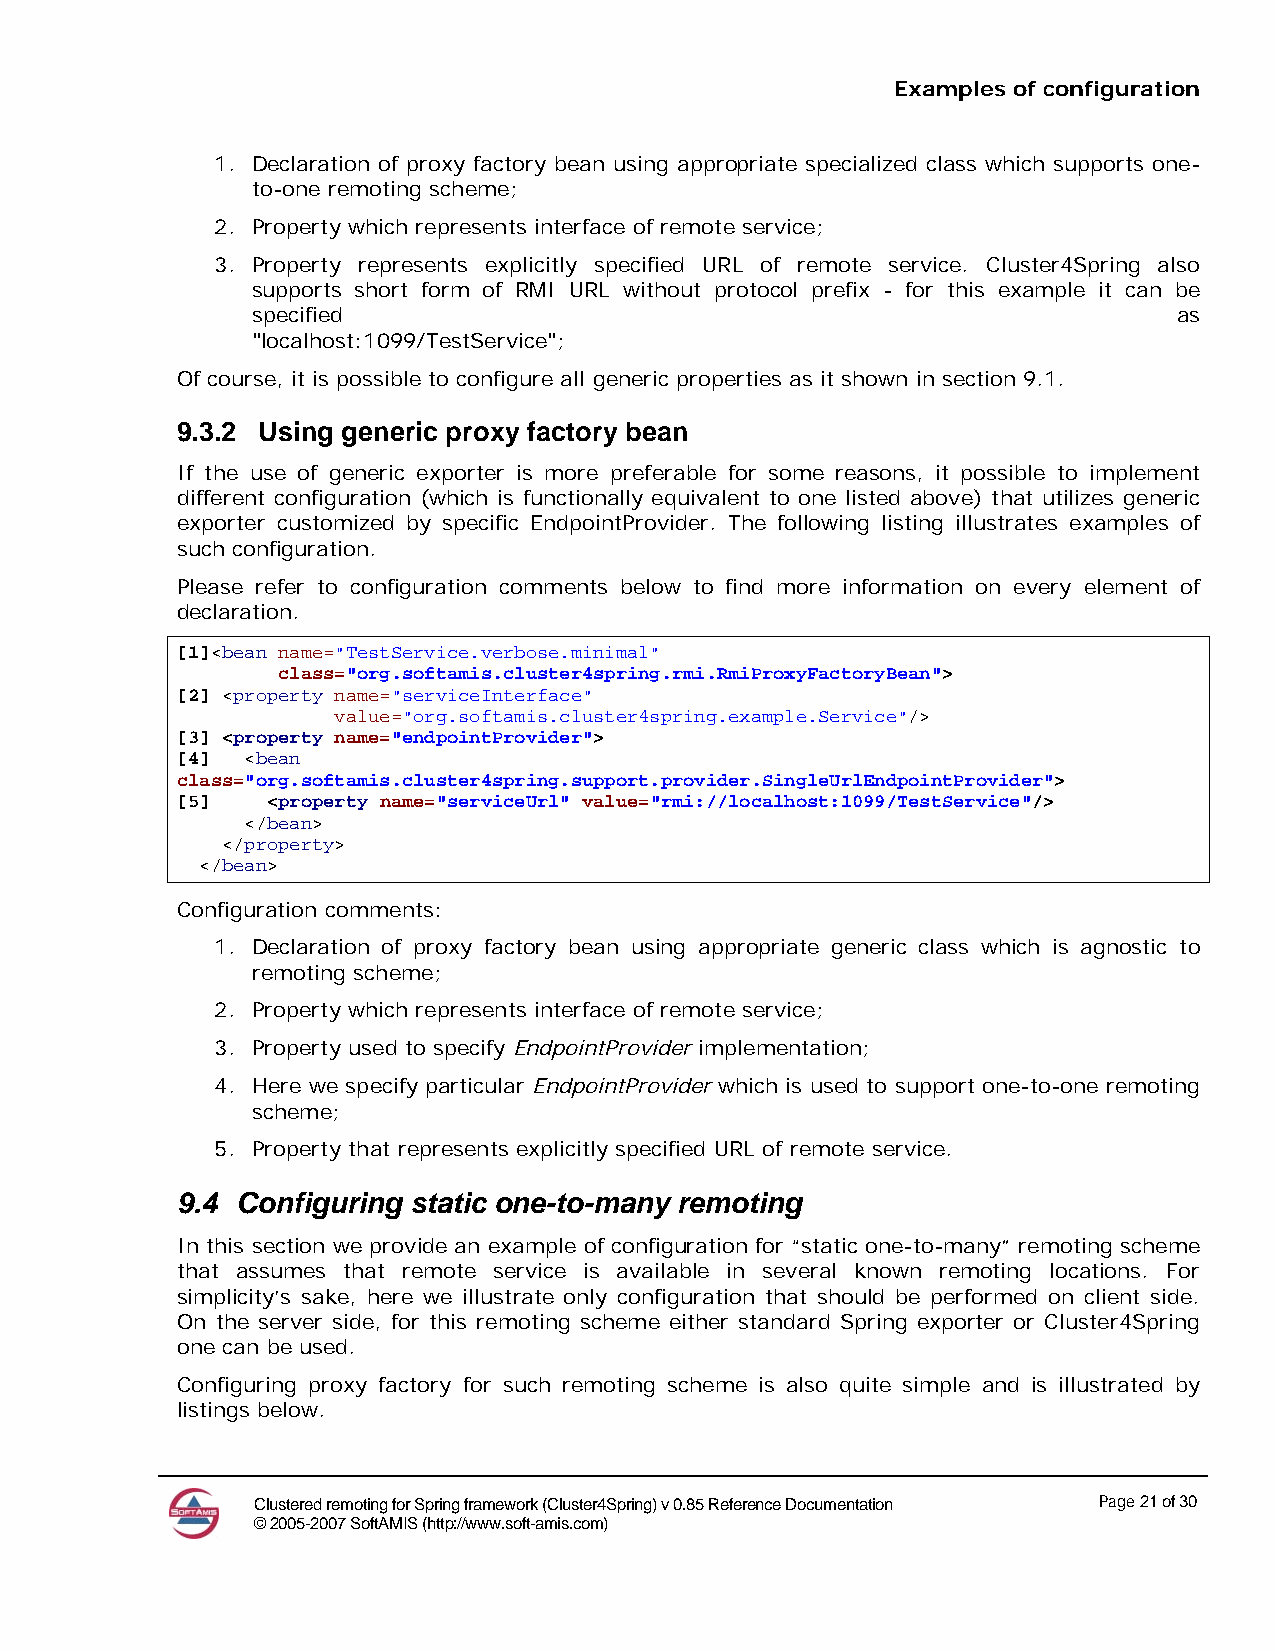
Examples of configuration
 1. Declaration of proxy factory bean using appropriate specialized class which supports one-
 to-one remoting scheme;
 2. Property which represents interface of remote service;
 3. Property represents explicitly specified URL of remote service. Cluster4Spring also
 supports short form of RMI URL without protocol prefix - for this example it can be
 specified                                                    as
 "localhost:1099/TestService";
 Of course, it is possible to configure all generic properties as it shown in section 9.1.
 9.3.2 Using generic proxy factory bean
 If the use of generic exporter is more preferable for some reasons, it possible to implement
 different configuration (which is functionally equivalent to one listed above) that utilizes generic
 exporter customized by specific EndpointProvider. The following listing illustrates examples of
 such configuration.
 Please refer to configuration comments below to find more information on every element of
 declaration.
 [1]<bean name="TestService.verbose.minimal"
 class="org.softamis.cluster4spring.rmi.RmiProxyFactoryBean">
 [2] <property name="serviceInterface"
 value="org.softamis.cluster4spring.example.Service"/>
 [3] <property name="endpointProvider">
 [4] <bean
 class="org.softamis.cluster4spring.support.provider.SingleUrlEndpointProvider">
 [5]   <property name="serviceUrl" value="rmi://localhost:1099/TestService"/>
 </bean>
 </property>
 </bean>
 Configuration comments:
 1. Declaration of proxy factory bean using appropriate generic class which is agnostic to
 remoting scheme;
 2. Property which represents interface of remote service;
 3. Property used to specify EndpointProvider implementation;
 4. Here we specify particular EndpointProvider which is used to support one-to-one remoting
 scheme;
 5. Property that represents explicitly specified URL of remote service.
 9.4 Configuring static one-to-many remoting
 In this section we provide an example of configuration for “static one-to-many” remoting scheme
 that assumes that remote service is available in several known remoting locations. For
 simplicity’s sake, here we illustrate only configuration that should be performed on client side.
 On the server side, for this remoting scheme either standard Spring exporter or Cluster4Spring
 one can be used.
 Configuring proxy factory for such remoting scheme is also quite simple and is illustrated by
 listings below.
 Clustered remoting for Spring framework (Cluster4Spring) v 0.85 Reference Documentation Page 21 of 30
 © 2005-2007 SoftAMIS (http://www.soft-amis.com)